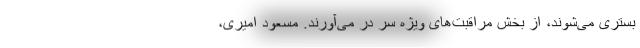
بستری می‌شوند، از بخش مراقبت‌های ویژه سر در می‌آورند. مسعود امیری،